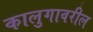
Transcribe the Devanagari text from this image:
कालुगावरील